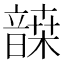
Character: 𩐷